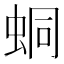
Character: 𧊚